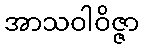
အာသဝါဝိဇ္ဇာ